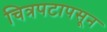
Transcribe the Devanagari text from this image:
चित्रपटापसून